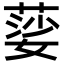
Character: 䓾